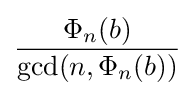
{\frac {\Phi _{n}(b)}{\gcd(n,\Phi _{n}(b))}}